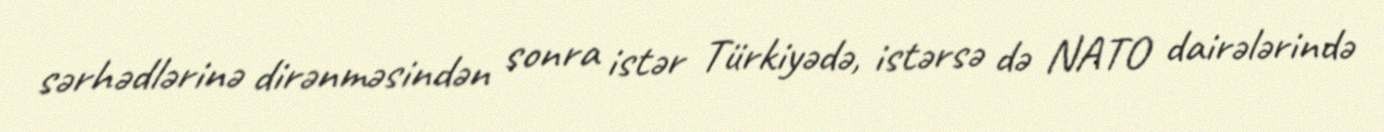
sərhədlərinə dirənməsindən sonra istər Türkiyədə, istərsə də NATO dairələrində